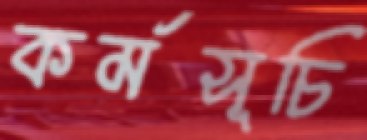
কর্মসূচি